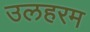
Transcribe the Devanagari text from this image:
उलहरम